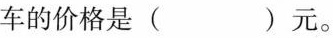
车的价格是( )元。